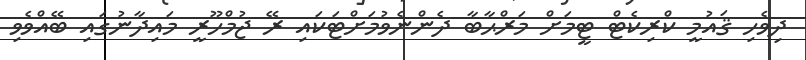
ދިވެހި ޤައުމީ ކްރިކެޓް ޓީމަށް މަރްޙާބާ ދެންނެވުމަށްޓަކައި ރޭ ޖުމްހޫރީ މައިދާނުގައި ބޭއްވެވި